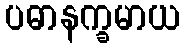
ပဓာနက္ခမာယ